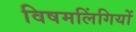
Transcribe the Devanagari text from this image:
विषमलिंगियों